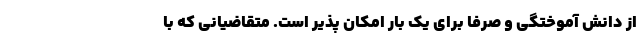
از دانش آموختگی و صرفا برای یک بار امکان پذیر است. متقاضیانی که با